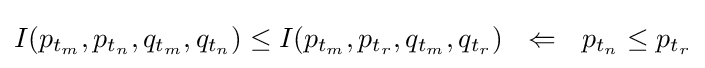
I(p_{t_{m}},p_{t_{n}},q_{t_{m}},q_{t_{n}})\leq I(p_{t_{m}},p_{t_{r}},q_{t_{m}},q_{t_{r}})~~\Leftarrow ~~p_{t_{n}}\leq p_{t_{r}}